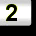
Digit: 2